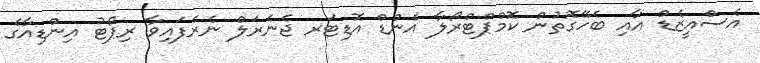
އެސްއީޒެޑް އާއި ބެހޭގޮތުން ކޮމްޕްޓްރޯލާ އެންޑް އޮޑިޓަރ ޖެެނެރަލް ނެރެފައިވާ ރިޕޯޓު އިންޑިއާގެ